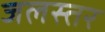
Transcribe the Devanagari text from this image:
जलस्‍तर